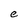
Character: e